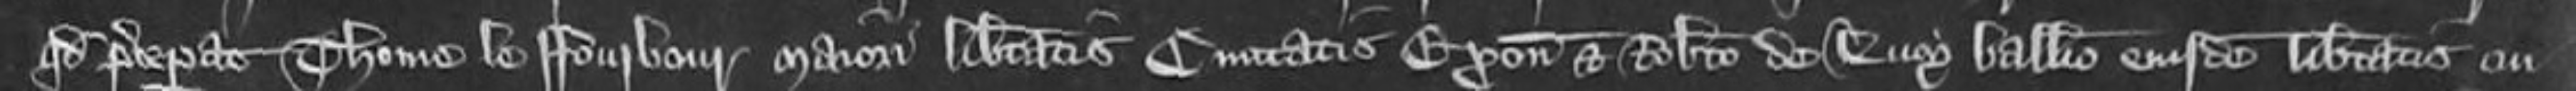
quod preceperat Thome le Fourbour maiori libertatis Comitatis Exonie et Roberto de Lucy ballio eiusdem libertatis cui